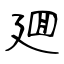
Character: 廽